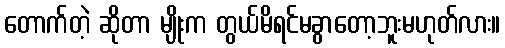
တောက်တဲ့ ဆိုတာ မျိုးက တွယ်မိရင်မခွာတော့ဘူးမဟုတ်လား။